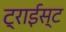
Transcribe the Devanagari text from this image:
ट्राईस्ट